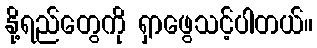
နို့ရည်တွေကို ရှာဖွေသင့်ပါတယ်။